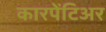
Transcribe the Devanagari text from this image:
कारपेंटिअर